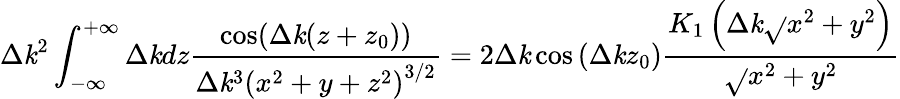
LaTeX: \Delta\mathit{k}^{2}\int_{-\infty}^{+\infty}\Delta\mathit{k}dz\frac{{\cos(\Delta\mathit{k}(z+z_{0}))}}{{\Delta\mathit{k}^{3}\left(x^{2}+y+z^{2}\right)^{3/2}}}=2\Delta\mathit{k}\cos\left(\Delta\mathit{k}z_{0}\right)\frac{{K_{1}\left(\Delta\mathit{k}\sqrt{}{{x^{2}+y^{2}}}\right)}}{{\sqrt{}{{x^{2}+y^{2}}}}}